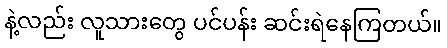
နဲ့လည်း လူသားတွေ ပင်ပန်း ဆင်းရဲနေကြတယ်။